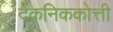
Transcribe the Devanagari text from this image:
देंकनिककोत्ती